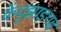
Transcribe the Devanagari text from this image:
केंदुझाड़गढ